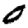
Digit: 0